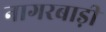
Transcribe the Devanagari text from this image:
नागरबाड़ी